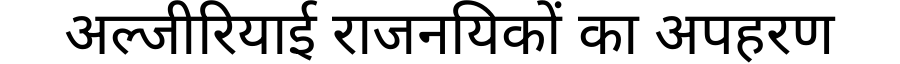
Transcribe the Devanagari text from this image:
अल्जीरियाई राजनयिकों का अपहरण